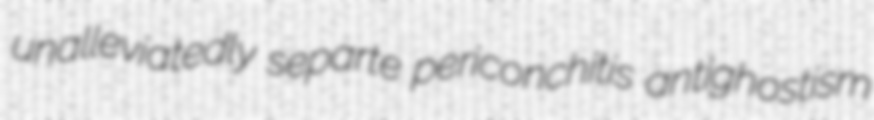
unalleviatedly separte periconchitis antighostism